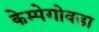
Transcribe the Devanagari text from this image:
केम्पेगोवडा